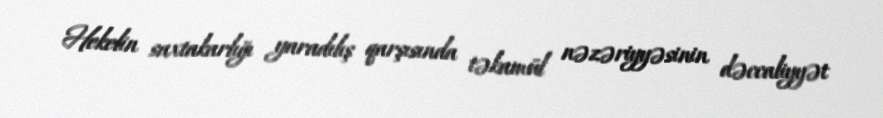
Hekelin saxtakarlığı yaradılış qarşısında təkamül nəzəriyyəsinin dəccaliyyət